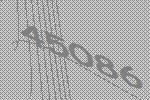
45086